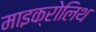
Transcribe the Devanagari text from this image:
माइक्रोलिथ